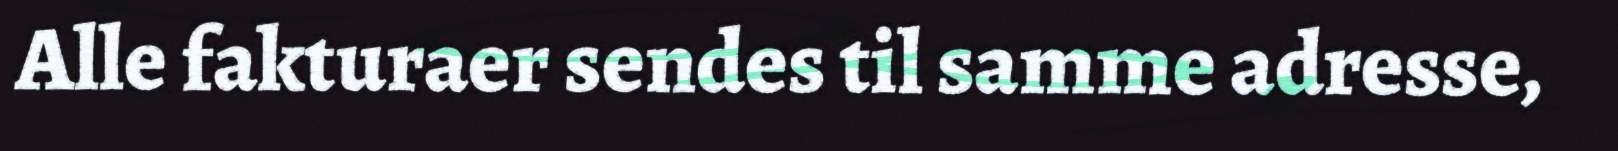
Alle fakturaer sendes til samme adresse,